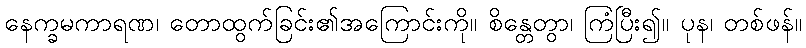
နေက္ခမကာရဏ၊ တောထွက်ခြင်း၏အကြောင်းကို။ စိန္တေတွာ၊ ကြံပြီး၍။ ပုန၊ တစ်ဖန်။